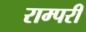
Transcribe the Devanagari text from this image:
राम्परी